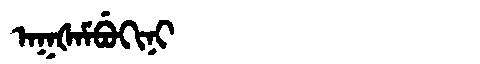
Manchu: ᠠᡴᡧᠠᠮᠪᡠᡴᡳᠨᡳ
Romanization: AKŠAMBUKINI